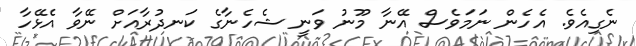
ނެގިއެވެ. އެހެން ނަމަވެސް އޭނާ މޫނު ވަނީ ޝެހެނާގެ ކަނދުރާއަށް ނޭވާ އެޅޭހާ